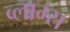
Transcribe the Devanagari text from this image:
व्लाम्स